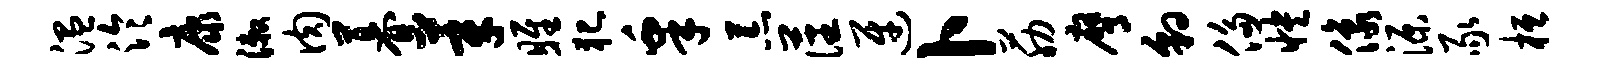
温泠康漱肉暮莘雎犯皋荒藩迓卜筋膺豹侈怏像源豕桓